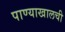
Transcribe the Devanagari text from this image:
पाण्याखालची